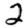
Digit: 2